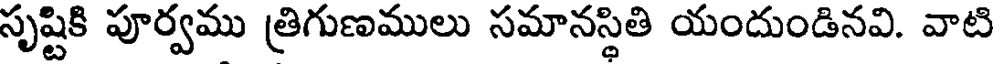
సృష్టికి పూర్వము త్రిగుణములు సమానస్థితి యందుండినవి. వాటి